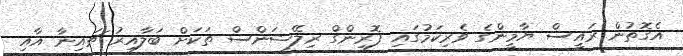
އެގޮތުން ރައީސް ޔާމީންގެ ވެރިކަމުގައި ފޮރިންގް ރިލޭޝަންސް ތަކަށް ބަލާއިރު ޗައިނާ އާއި